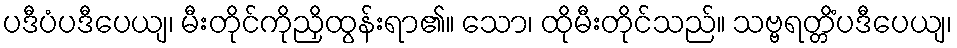
ပဒီပံပဒီပေယျ၊ မီးတိုင်ကိုညှိထွန်းရာ၏။ သော၊ ထိုမီးတိုင်သည်။ သဗ္ဗရတ္တိံပဒီပေယျ၊